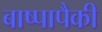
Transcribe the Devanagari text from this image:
बाष्पापैकी